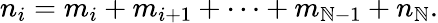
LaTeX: n_{i}=m_{i}+m_{i+1}+\cdots+m_{\mathbb{N}-1}+n_{\mathbb{N}}.